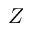
Z